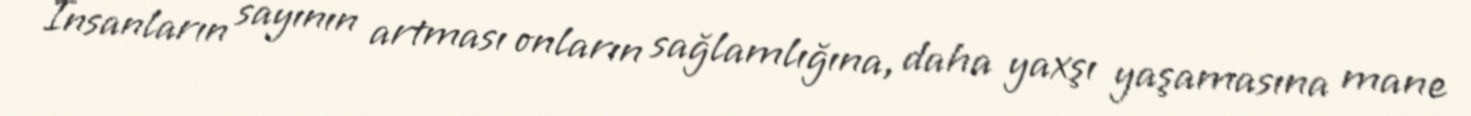
İnsanların sayının artması onların sağlamlığına, daha yaxşı yaşamasına mane